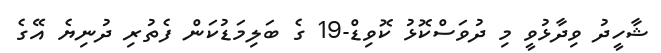
ޝާހީދު ވިދާޅުވީ މި ދުވަސްކޮޅު ކޮވިޑް-19 ގެ ބަލިމަޑުކަން ފެތުރި ދުނިޔެ އޭގެ